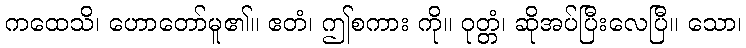
ကထေသိ၊ ဟောတော်မူ၏။ ဧတံ၊ ဤစကား ကို။ ဝုတ္တံ၊ ဆိုအပ်ပြီးလေပြီ။ သော၊